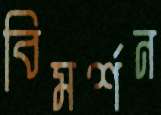
বিমর্শন